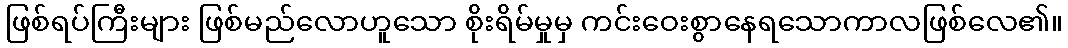
ဖြစ်ရပ်ကြီးများ ဖြစ်မည်လောဟူသော စိုးရိမ်မှုမှ ကင်းဝေးစွာနေရသောကာလဖြစ်လေ၏။